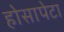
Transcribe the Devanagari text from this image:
होसापेटा